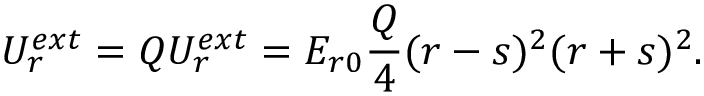
{ \cal { U } } _ { r } ^ { e x t } = Q { U _ { r } ^ { e x t } } = { E _ { r 0 } } \frac { { Q } } { 4 } { ( r - s ) ^ { 2 } } { ( r + s ) ^ { 2 } } { . }